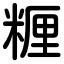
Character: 糎